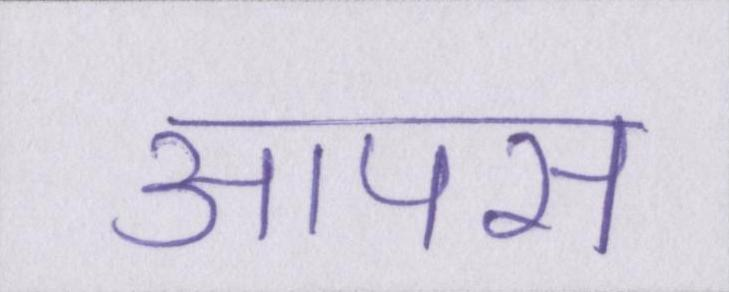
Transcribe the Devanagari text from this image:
आपस